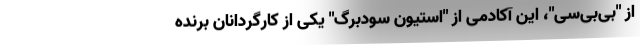
از "بی‌بی‌سی"، این آکادمی از "استیون سودبرگ" یکی از کارگردانان برنده